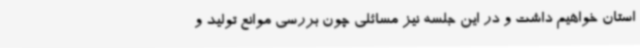
استان خواهیم داشت و در این جلسه نیز مسائلی چون بررسی موانع تولید و